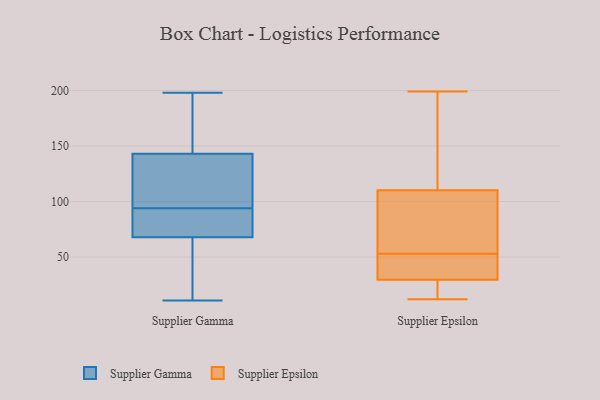
{"axis": {"x": "Waste Production (Tons)", "y": "Value"}, "legend": ["Supplier Epsilon", "Supplier Gamma"], "data": [{"x": "", "y": 76, "type": "Supplier Gamma"}, {"x": "", "y": 21, "type": "Supplier Gamma"}, {"x": "", "y": 195, "type": "Supplier Gamma"}, {"x": "", "y": 97, "type": "Supplier Gamma"}, {"x": "", "y": 65, "type": "Supplier Gamma"}, {"x": "", "y": 11, "type": "Supplier Gamma"}, {"x": "", "y": 149, "type": "Supplier Gamma"}, {"x": "", "y": 125, "type": "Supplier Gamma"}, {"x": "", "y": 94, "type": "Supplier Gamma"}, {"x": "", "y": 198, "type": "Supplier Gamma"}, {"x": "", "y": 89, "type": "Supplier Gamma"}, {"x": "", "y": 99, "type": "Supplier Epsilon"}, {"x": "", "y": 165, "type": "Supplier Epsilon"}, {"x": "", "y": 190, "type": "Supplier Epsilon"}, {"x": "", "y": 114, "type": "Supplier Epsilon"}, {"x": "", "y": 57, "type": "Supplier Epsilon"}, {"x": "", "y": 49, "type": "Supplier Epsilon"}, {"x": "", "y": 25, "type": "Supplier Epsilon"}, {"x": "", "y": 43, "type": "Supplier Epsilon"}, {"x": "", "y": 40, "type": "Supplier Epsilon"}, {"x": "", "y": 199, "type": "Supplier Epsilon"}, {"x": "", "y": 15, "type": "Supplier Epsilon"}, {"x": "", "y": 40, "type": "Supplier Epsilon"}, {"x": "", "y": 12, "type": "Supplier Epsilon"}, {"x": "", "y": 97, "type": "Supplier Epsilon"}, {"x": "", "y": 68, "type": "Supplier Epsilon"}, {"x": "", "y": 135, "type": "Supplier Epsilon"}, {"x": "", "y": 16, "type": "Supplier Epsilon"}, {"x": "", "y": 26, "type": "Supplier Epsilon"}, {"x": "", "y": 53, "type": "Supplier Epsilon"}]}